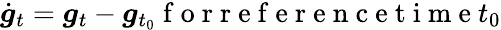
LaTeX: \dot{\boldsymbol g}_{t}=\boldsymbol g_{t}-\boldsymbol g_{t_{0}}\mathrm{~f~o~r~r~e~f~e~r~e~n~c~e~t~i~m~e~}t_{0}